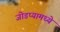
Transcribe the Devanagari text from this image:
जोडप्यामध्ये